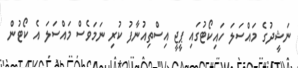
ނަޝީދުގެ މައްސަލަ ހައިކޯޓުގައި ޕީޖީ އިސްތިއުނާފު ކުރި ނަމަވެސް މައްސަލަ އެ ކޯޓުން